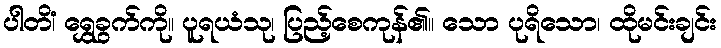
ပါတိံ၊ ရွှေခွက်ကို။ ပူရယံသု၊ ပြည့်စေကုန်၏။ သော ပုရိသော၊ ထိုမင်းချင်း